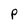
Character: P